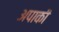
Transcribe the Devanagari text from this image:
अपाकी